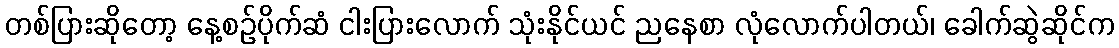
တစ်ပြားဆိုတော့ နေ့စဉ်ပိုက်ဆံ ငါးပြားလောက် သုံးနိုင်ယင် ညနေစာ လုံလောက်ပါတယ်၊ ခေါက်ဆွဲဆိုင်က